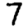
Digit: 7